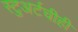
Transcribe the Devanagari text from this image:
स्टुअर्टचीही